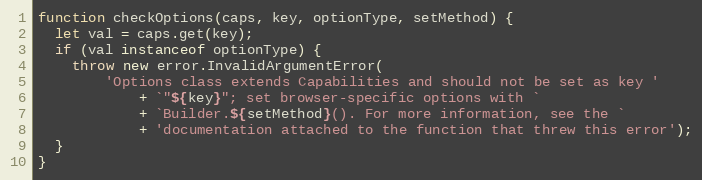
Language: JavaScript
function checkOptions(caps, key, optionType, setMethod) {
  let val = caps.get(key);
  if (val instanceof optionType) {
    throw new error.InvalidArgumentError(
        'Options class extends Capabilities and should not be set as key '
            + `"${key}"; set browser-specific options with `
            + `Builder.${setMethod}(). For more information, see the `
            + 'documentation attached to the function that threw this error');
  }
}